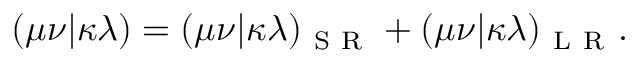
( \mu \nu | \kappa \lambda ) = ( \mu \nu | \kappa \lambda ) _ { \mathrm { ~ S ~ R ~ } } + ( \mu \nu | \kappa \lambda ) _ { \mathrm { ~ L ~ R ~ } } .